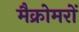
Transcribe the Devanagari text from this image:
मैक्रोमरों